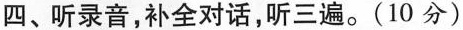
四、听录音,补全对话,听三遍。(10 分)